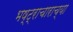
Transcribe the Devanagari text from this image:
भष्ट्राचाराच्या